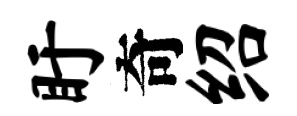
盱奇绍